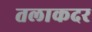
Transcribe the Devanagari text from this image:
तलाकदर